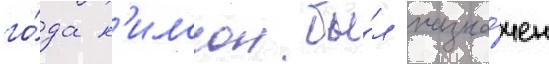
го́да н'илссон бы́л назна́чен